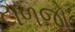
ટાળજો